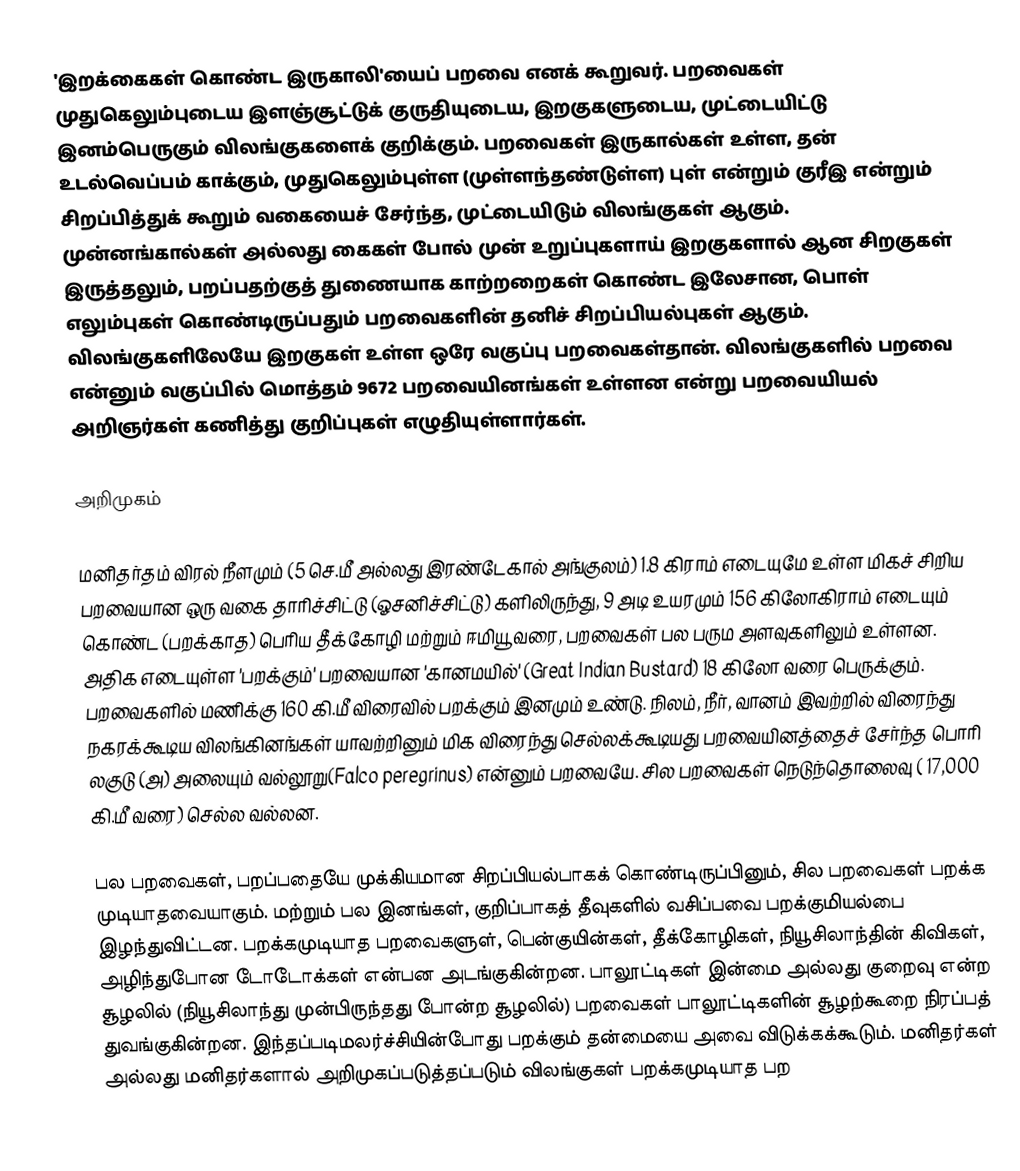
'இறக்கைகள் கொண்ட இருகாலி'யைப் பறவை எனக் கூறுவர். பறவைகள் முதுகெலும்புடைய இளஞ்சூட்டுக் குருதியுடைய, இறகுகளுடைய, முட்டையிட்டு இனம்பெருகும் விலங்குகளைக் குறிக்கும். பறவைகள் இருகால்கள் உள்ள, தன் உடல்வெப்பம் காக்கும், முதுகெலும்புள்ள (முள்ளந்தண்டுள்ள) புள் என்றும் குரீஇ என்றும் சிறப்பித்துக் கூறும் வகையைச் சேர்ந்த, முட்டையிடும் விலங்குகள் ஆகும். முன்னங்கால்கள் அல்லது கைகள் போல் முன் உறுப்புகளாய் இறகுகளால் ஆன சிறகுகள் இருத்தலும், பறப்பதற்குத் துணையாக காற்றறைகள் கொண்ட இலேசான, பொள் எலும்புகள் கொண்டிருப்பதும் பறவைகளின் தனிச் சிறப்பியல்புகள் ஆகும். விலங்குகளிலேயே இறகுகள் உள்ள ஒரே வகுப்பு பறவைகள்தான். விலங்குகளில் பறவை என்னும் வகுப்பில் மொத்தம் 9672 பறவையினங்கள் உள்ளன என்று பறவையியல் அறிஞர்கள் கணித்து குறிப்புகள் எழுதியுள்ளார்கள்.

அறிமுகம்

மனிதர்தம் விரல் நீளமும் (5 செ.மீ அல்லது இரண்டேகால் அங்குலம்) 1.8 கிராம் எடையுமே உள்ள மிகச் சிறிய பறவையான ஒரு வகை தாரிச்சிட்டு (ஓசனிச்சிட்டு) களிலிருந்து, 9 அடி உயரமும் 156 கிலோகிராம் எடையும் கொண்ட (பறக்காத) பெரிய தீக்கோழி மற்றும் ஈமியூ வரை, பறவைகள் பல பரும அளவுகளிலும் உள்ளன. அதிக எடையுள்ள 'பறக்கும்' பறவையான 'கானமயில்' (Great Indian Bustard) 18 கிலோ வரை பெருக்கும். பறவைகளில் மணிக்கு 160 கி.மீ விரைவில் பறக்கும் இனமும் உண்டு. நிலம், நீர், வானம் இவற்றில் விரைந்து நகரக்கூடிய விலங்கினங்கள் யாவற்றினும் மிக விரைந்து செல்லக்கூடியது பறவையினத்தைச் சேர்ந்த பொரி லகுடு (அ) அலையும் வல்லூறு(Falco peregrinus) என்னும் பறவையே. சில பறவைகள் நெடுந்தொலைவு ( 17,000 கி.மீ வரை) செல்ல வல்லன.

பல பறவைகள், பறப்பதையே முக்கியமான சிறப்பியல்பாகக் கொண்டிருப்பினும், சில பறவைகள் பறக்க முடியாதவையாகும். மற்றும் பல இனங்கள், குறிப்பாகத் தீவுகளில் வசிப்பவை பறக்குமியல்பை இழந்துவிட்டன. பறக்கமுடியாத பறவைகளுள், பென்குயின்கள், தீக்கோழிகள், நியூசிலாந்தின் கிவிகள், அழிந்துபோன டோடோக்கள் என்பன அடங்குகின்றன. பாலூட்டிகள் இன்மை அல்லது குறைவு என்ற சூழலில் (நியூசிலாந்து முன்பிருந்தது போன்ற சூழலில்) பறவைகள் பாலூட்டிகளின் சூழற்கூறை நிரப்பத் துவங்குகின்றன. இந்தப்படிமலர்ச்சியின்போது பறக்கும் தன்மையை அவை விடுக்கக்கூடும். மனிதர்கள் அல்லது மனிதர்களால் அறிமுகப்படுத்தப்படும் விலங்குகள் பறக்கமுடியாத பற